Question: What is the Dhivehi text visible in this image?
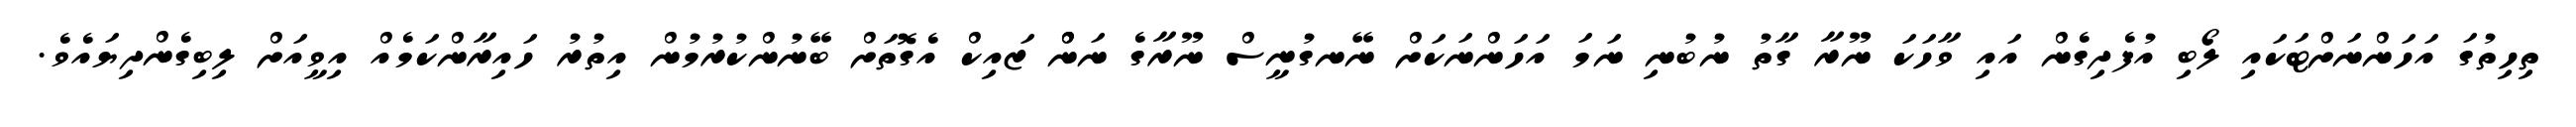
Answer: ތިހިތުގަ އަހަންނަށްޓަކައި ލޯބި އުފެދިގެން އައި ވާހަކަ ނޫރާ ގާތު ނުބުނި ނަމަ އަހަންނަކަށް ނޭނގުނީސް ނޫރާގެ ނަންް ޒައިކް އެގޮތަށް ބޭނުންކުރުމުން އިތުރު ހައިރާންކަމެއް އިވީއަށް ލިބިގެންދިޔައެވެ.